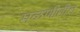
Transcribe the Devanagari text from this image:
मळणीतील